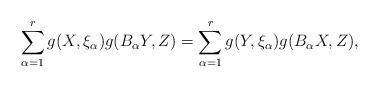
LaTeX: \begin{align*} \sum_{\alpha=1}^{r}g(X, \xi _{\alpha})g(B_{\alpha} Y, Z)=\sum_{\alpha=1}^{r}g(Y, \xi _{\alpha})g(B_{\alpha} X, Z),\end{align*}